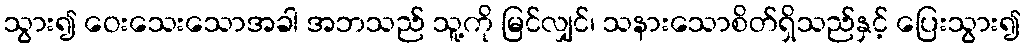
သွား၍ ဝေးသေးသောအခါ အဘသည် သူ့ကို မြင်လျှင်၊ သနားသောစိတ်ရှိသည်နှင့် ပြေးသွား၍